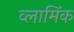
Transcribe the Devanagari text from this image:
व्लामिंक